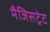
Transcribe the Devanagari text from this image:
मैजिसट्रेट